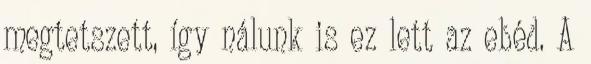
megtetszett, így nálunk is ez lett az ebéd. A